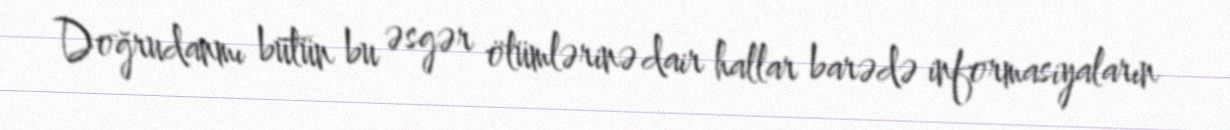
Doğrudanmı bütün bu əsgər ölümlərinə dair hallar barədə informasiyaların